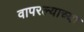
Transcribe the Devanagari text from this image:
वापरल्याच्या